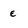
Character: e